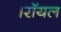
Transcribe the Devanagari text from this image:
।रॉयल